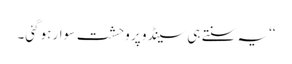
‘‘یہ سنتے ہی سینڈو پر وحشت سوار ہوگئی۔